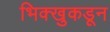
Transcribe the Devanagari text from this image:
भिक्खुकडून